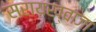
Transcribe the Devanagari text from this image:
सरायख्वाजा